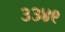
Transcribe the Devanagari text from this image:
३३४९